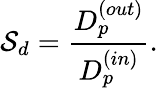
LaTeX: {\cal S}_{d}={\frac{D_{p}^{(out)}}{D_{p}^{(in)}}}.